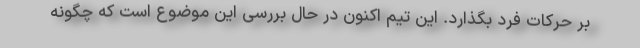
بر حرکات فرد بگذارد. این تیم اکنون در حال بررسی این موضوع است که چگونه